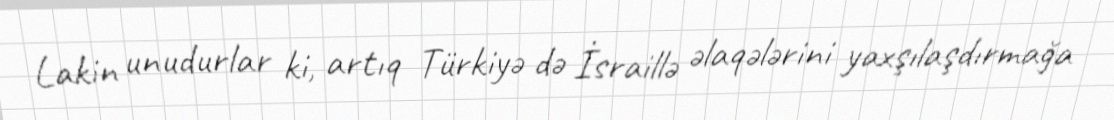
Lakin unudurlar ki, artıq Türkiyə də İsraillə əlaqələrini yaxşılaşdırmağa